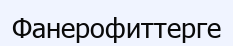
Фанерофиттерге